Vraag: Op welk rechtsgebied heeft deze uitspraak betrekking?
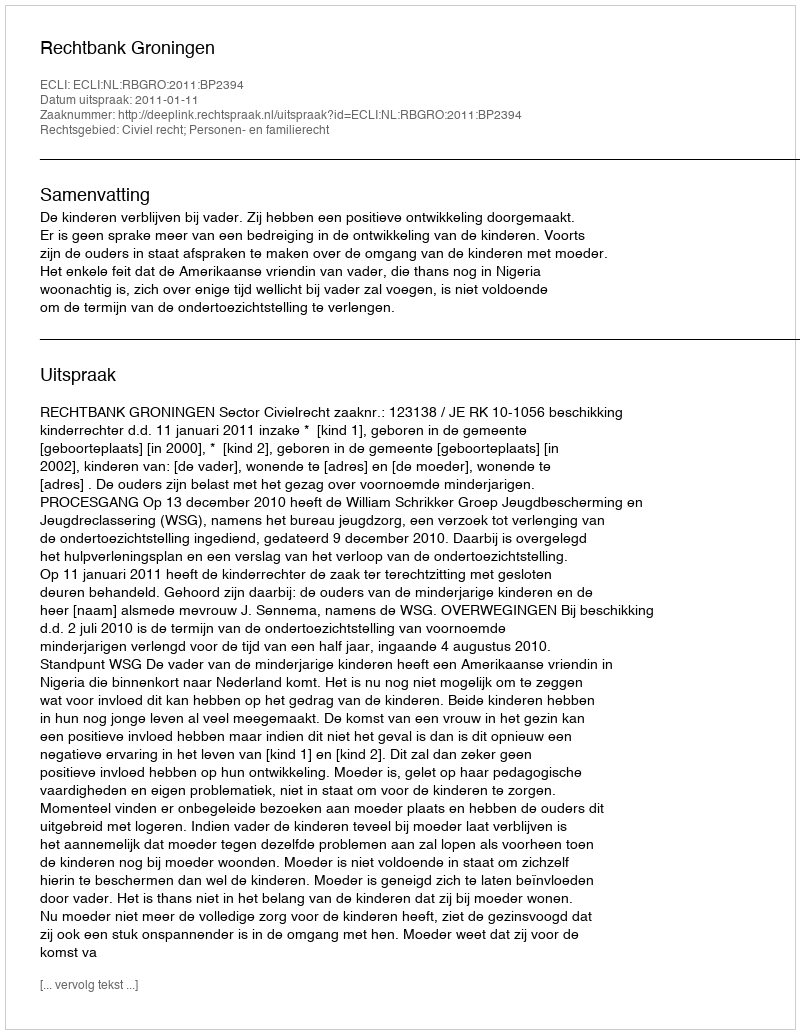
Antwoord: Civiel recht; Personen- en familierecht